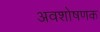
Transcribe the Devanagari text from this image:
अवशोषणक